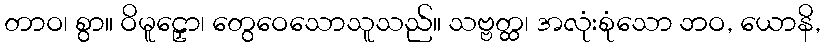
တာဝ၊ စွာ။ ဝိမူဠှော၊ တွေဝေသောသူသည်။ သဗ္ဗတ္ထ၊ အလုံးစုံသော ဘဝ, ယောနိ,